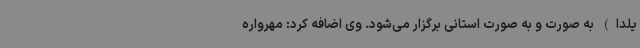
یلدا) به صورت و به صورت استانی برگزار می‌شود. وی اضافه کرد: مهرواره